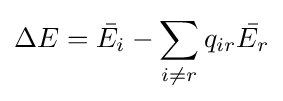
\Delta E={\bar {E_{i}}}-\sum _{i\neq r}q_{ir}{\bar {E_{r}}}